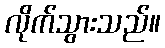
လိုက်သွားသည်။